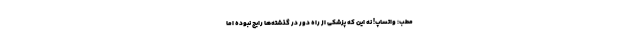
مطب: واتساپ! نه این که پزشکی از راه دور در گذشته‌ها رایج نبوده اما